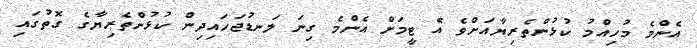
އެންމެ މުހިއްމު ކުޅުންތެރިޔާއަށްވެ އެ ޓީމަށް އެންމެ ގިނަ ލަނޑުޖަހައިދިން ކުޅުންތެރިޔާގެ ގޮތުގައި